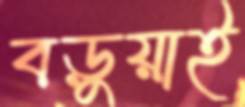
বড়ুয়াই